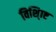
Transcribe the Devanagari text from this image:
विशि्ाष्ट